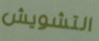
التشويش